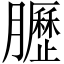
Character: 𫇀